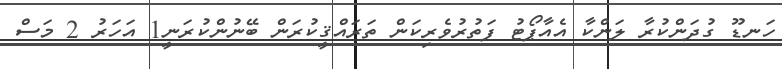
ހަނޑޫ ގުދަންކުރާ ލަންކާ އެއާޕޯޓު ފަތުރުވެރިކަން ތަރައްޤީކުރަން ބޭނުންކުރަނީ1 އަހަރު 2 މަސް